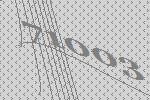
71003